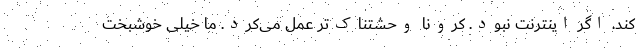
کند. اگر اینترنت نبود. کرونا وحشتناک‌تر عمل می‌کرد. ما خیلی خوشبخت